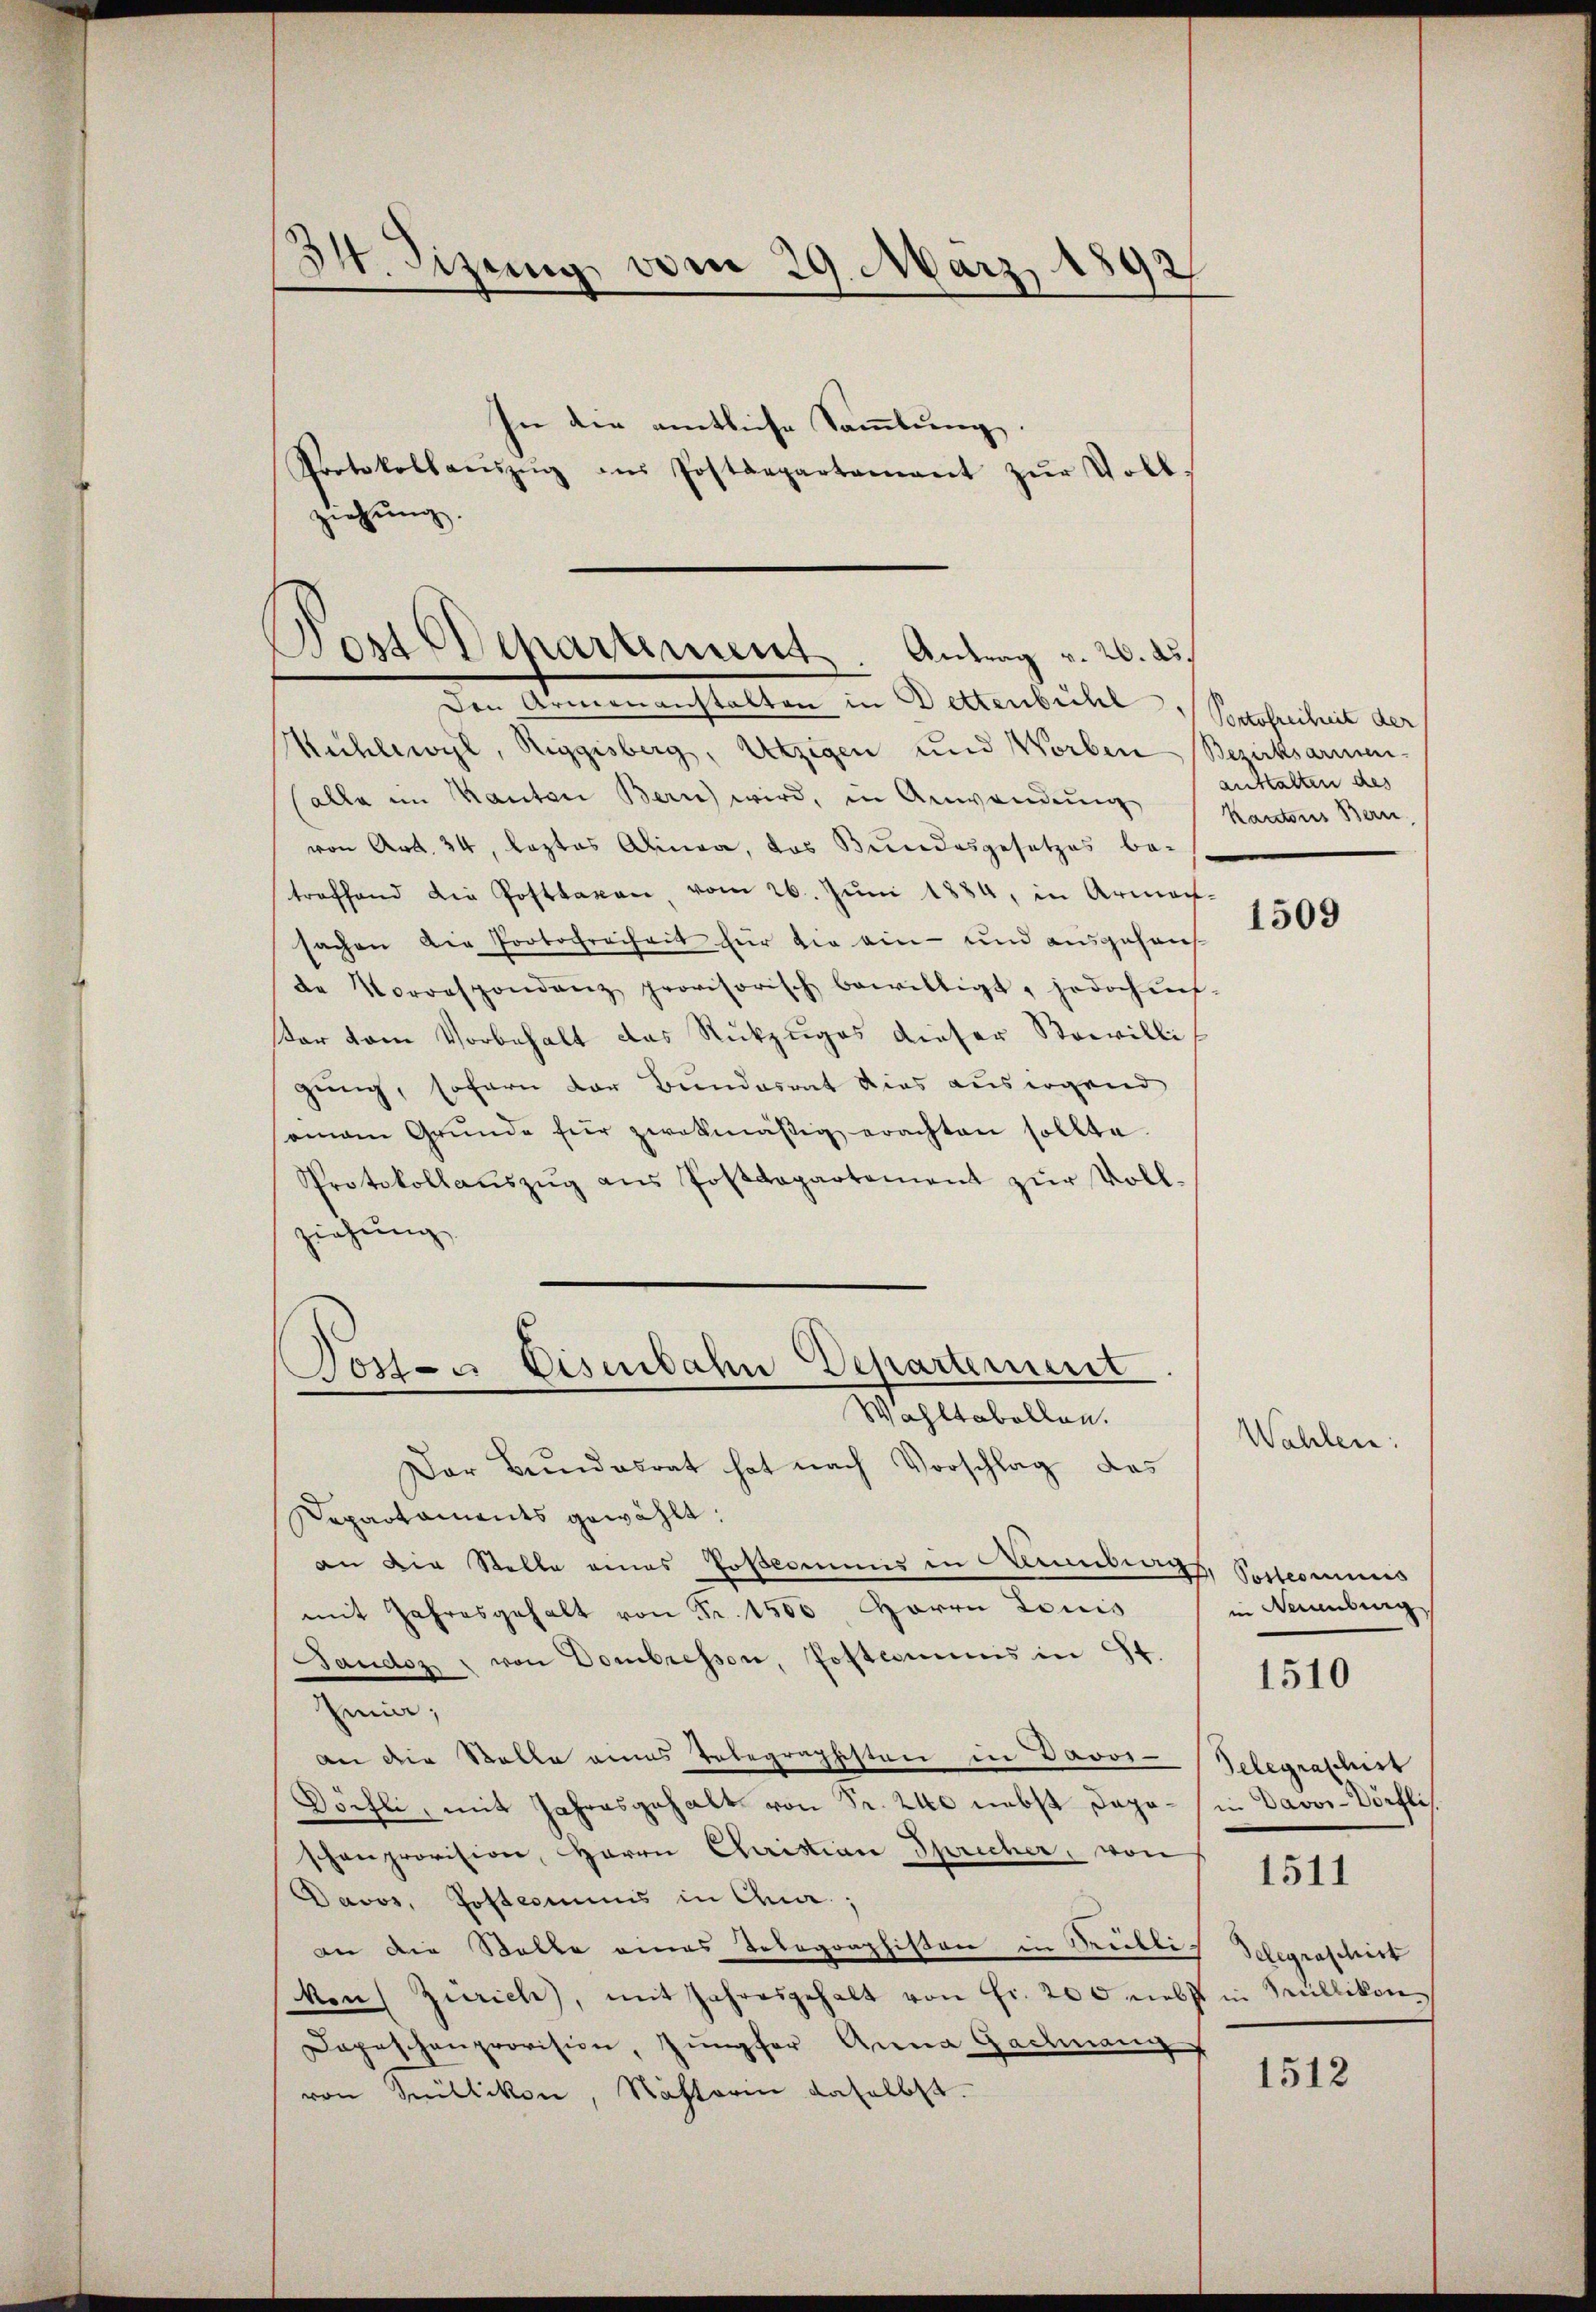
34. Sizung vom 29. März 1892

In die amtliche Sammlung.
Protokollaeszŭg ans Postdepartement zŭr Voll-
ziehung.
Post Departement Antrag v. 26. ds.

Post- u Eisenbahn Departement
Wahltabellen.

den Armenanstalten in Bettenbeitel anheitens der
Mühlewyl, Riggisberg, Utzigen und Worben Bezirksarmen-
alle im Kanton Bern wird, in Anwendung
von Art. 34, leztes Alinea, das Bundesgesetzes be-
treffend die Posttaxen, vom 26. Jŭni 1884, in Armen-
sachen die Protochreiheit für die ein- und ausgehausde Vorrespondenz provisorisch bewilligt, jedoch auf-
Vor vom Vorbehalt das Rückzŭges dieser Stowilli
gung, sofern der Bundesrat dies aus irgend
amann Grŭnde für zwekmäßig erachten sollte.
Protokollaŭszŭg aŭs Postdepartement zŭr Voll-
ziehung
Der Bŭndesrat hat nach Vorschlag das
Departaments gewählt:
an die Stelle eines Posamens in Amberg, Postcommis
mit Jahresgehalt von Fr. 1500 Herrn Louis
Bauder " von Dombressen, Postamms in 94.
Zia;
an die Rolle eines Telegraphisten in Davos-Telegraphirt
Döchli, mit Jahresgehalt von Fr. 20 nebst Dapa - in Davos-Dörflis.
schanprovision, Herrn Christian Spricher, von § 1511
Davos, Posteriums in Chua;
an die Stelle eines Telegraphisten in Reitlich Telegraschick
kons Zürich, mit Jahresgehalt von Fr. 200 nebst in Müllikon
Depeschenprovision, Jungfer Anna Gachnang
von Trüllikon, Nästorin daselbst.

anstalten des
Kantons Bern

1509

Wahlen:

in Neuenburg

1510

1512